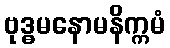
ဗုဒ္ဓမနောမနိက္ကမံ